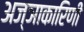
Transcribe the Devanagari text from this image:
अज्ञाकारिणी